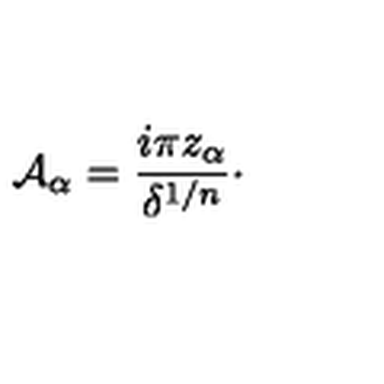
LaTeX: { \cal A } _ { \alpha } = { \frac { i \pi z _ { \alpha } } { \delta ^ { 1 / n } } } \cdotp